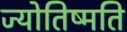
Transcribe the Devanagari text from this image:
ज्योतिष्मति